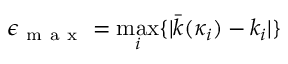
\epsilon _ { \mathrm { ~ m ~ a ~ x ~ } } = \operatorname* { m a x } _ { i } \{ | \bar { k } ( \kappa _ { i } ) - k _ { i } | \}